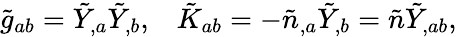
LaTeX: \tilde{g}_{ab}=\tilde{Y}_{,a}\tilde{Y}_{,b},\; \; \; \tilde{K}_{ab}=-\tilde{n}_{,a}\tilde{Y}_{,b}=\tilde{n}\tilde{Y}_{,ab},